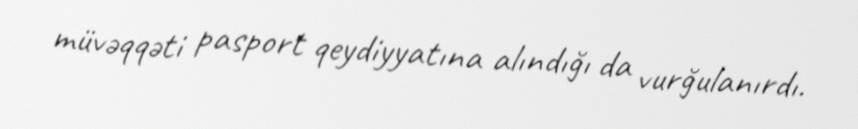
müvəqqəti pasport qeydiyyatına alındığı da vurğulanırdı.